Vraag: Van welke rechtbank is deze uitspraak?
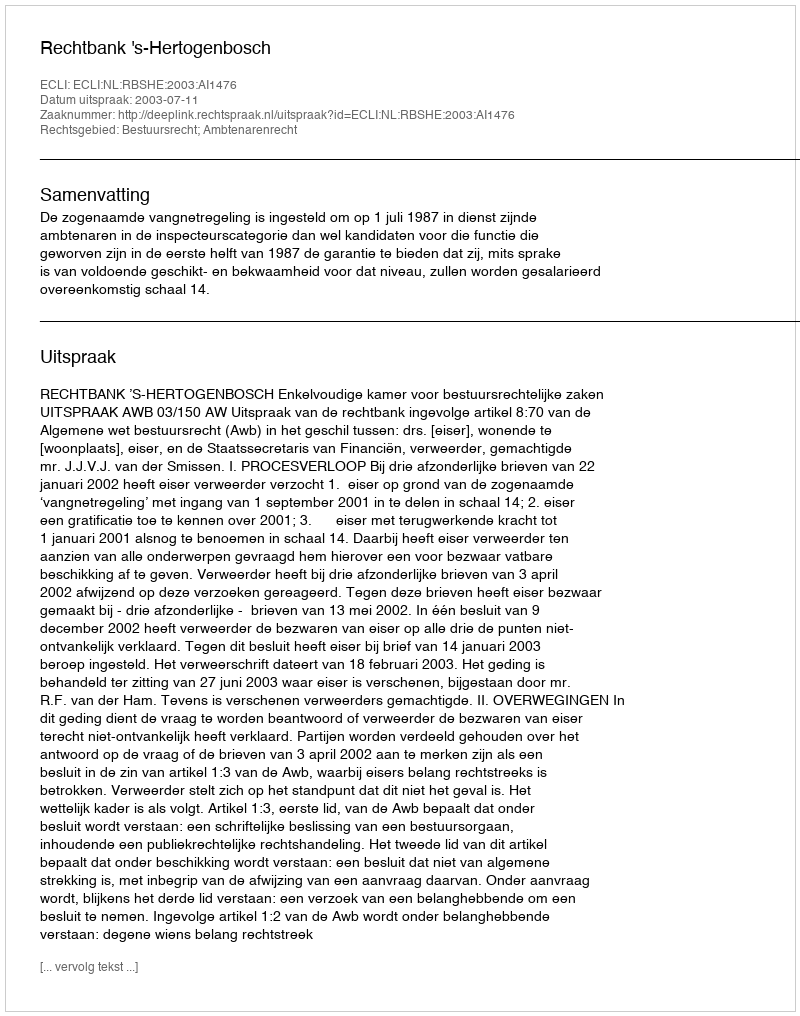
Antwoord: Rechtbank 's-Hertogenbosch